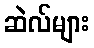
ဆဲလ်များ